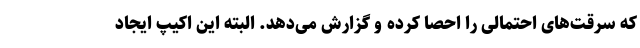
که سرقت‌های احتمالی را احصا کرده و گزارش می‌دهد. البته این اکیپ ایجاد